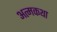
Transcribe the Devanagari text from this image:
अत्मकथा